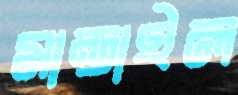
মান্ডাইল